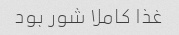
غذا کاملا شور بود